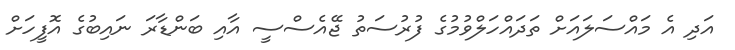
އަދި އެ މައްސަލައަށް ތަދައްހަލްވުމުގެ ފުރުސަތު ޖޭއެސްސީ އާއި ބަންޑާރަ ނައިބުގެ އޮފީހަށް